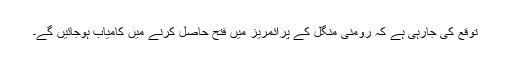
توقع کی جارہی ہے کہ رومنی منگل کے پرائمریز میں فتح حاصل کرنے میں کامیاب ہوجائیں گے۔